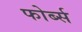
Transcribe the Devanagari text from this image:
फोर्ब्स